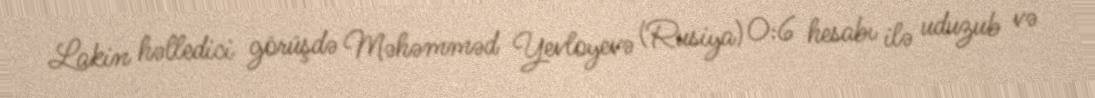
Lakin həlledici görüşdə Məhəmməd Yevloyevə (Rusiya) 0:6 hesabı ilə uduzub və